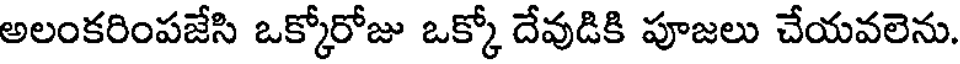
అలంకరింపజేసి ఒక్కోరోజు ఒక్కో దేవుడికి పూజలు చేయవలెను.